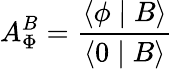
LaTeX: A_{\Phi}^{B}=\frac{\langle\phi\mid B\rangle}{\langle 0\mid B\rangle}